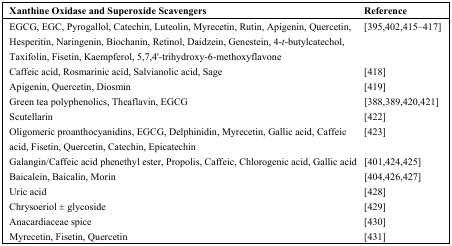
<table><thead><tr><td><b>Xanthine Oxidase and Superoxide Scavengers</b></td><td><b>Reference</b></td></tr></thead><tbody><tr><td>EGCG, EGC, Pyrogallol, Catechin, Luteolin, Myrecetin, Rutin, Apigenin, Quercetin, Hesperitin, Naringenin, Biochanin, Retinol, Daidzein, Genestein, 4-<i>t</i>-butylcatechol, Taxifolin, Fisetin, Kaempferol, 5,7,4′-trihydroxy-6-methoxyflavone</td><td>[395,402,415–417]</td></tr><tr><td>Caffeic acid, Rosmarinic acid, Salvianolic acid, Sage</td><td>[418]</td></tr><tr><td>Apigenin, Quercetin, Diosmin</td><td>[419]</td></tr><tr><td>Green tea polyphenolics, Theaflavin, EGCG</td><td>[388,389,420,421]</td></tr><tr><td>Scutellarin</td><td>[422]</td></tr><tr><td>Oligomeric proanthocyanidins, EGCG, Delphinidin, Myrecetin, Gallic acid, Caffeic acid, Fisetin, Quercetin, Catechin, Epicatechin</td><td>[423]</td></tr><tr><td>Galangin/Caffeic acid phenethyl ester, Propolis, Caffeic, Chlorogenic acid, Gallic acid</td><td>[401,424,425]</td></tr><tr><td>Baicalein, Baicalin, Morin</td><td>[404,426,427]</td></tr><tr><td>Uric acid</td><td>[428]</td></tr><tr><td>Chrysoeriol ± glycoside</td><td>[429]</td></tr><tr><td>Anacardiaceae spice</td><td>[430]</td></tr><tr><td>Myrecetin, Fisetin, Quercetin</td><td>[431]</td></tr></tbody></table>